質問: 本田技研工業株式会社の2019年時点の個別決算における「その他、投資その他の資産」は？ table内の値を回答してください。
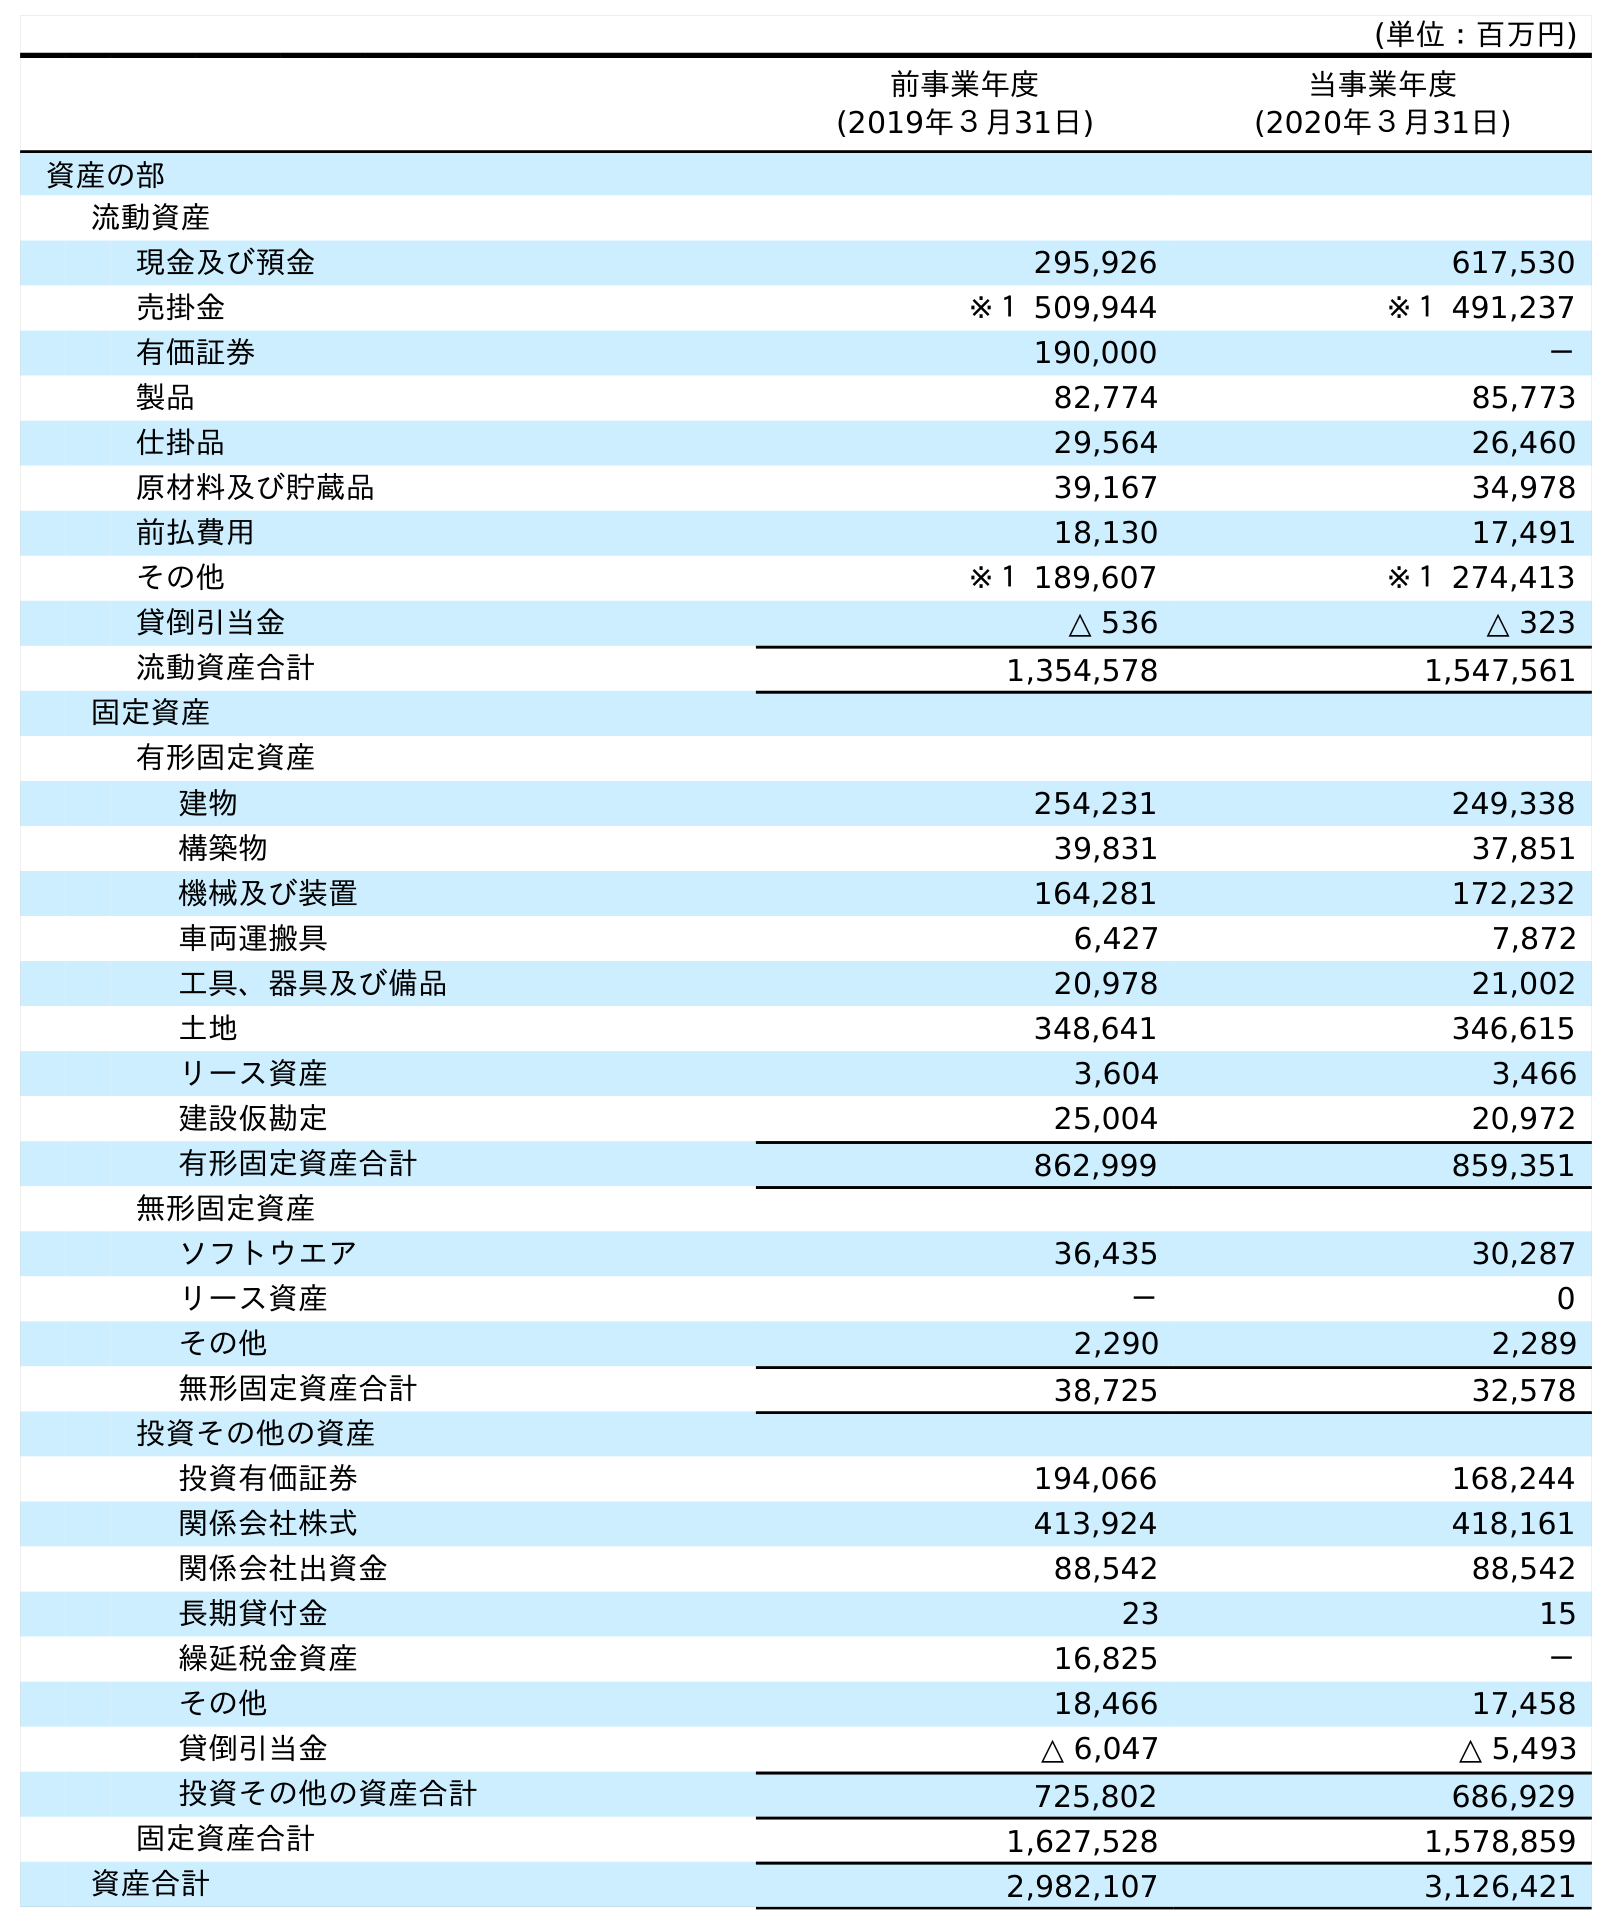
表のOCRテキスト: (単位：百万円) 前事業年度 (2019年３月31日) 当事業年度 (2020年３月31日) 資産の部 流動資産 現金及び預金 295,926 617,530 売掛金 ※１ 509,944 ※１ 491,237 有価証券 190,000 － 製品 82,774 85,773 仕掛品 29,564 26,460 原材料及び貯蔵品 39,167 34,978 前払費用 18,130 17,491 その他 ※１ 189,607 ※１ 274,413 貸倒引当金 △ 536 △ 323 流動資産合計 1,354,578 1,547,561 固定資産 有形固定資産 建物 254,231 249,338 構築物 39,831 37,851 機械及び装置 164,281 172,232 車両運搬具 6,427 7,872 工具、器具及び備品 20,978 21,002 土地 348,641 346,615 リース資産 3,604 3,466 建設仮勘定 25,004 20,972 有形固定資産合計 862,999 859,351 無形固定資産 ソフトウエア 36,435 30,287 リース資産 － 0 その他 2,290 2,289 無形固定資産合計 38,725 32,578 投資その他の資産 投資有価証券 194,066 168,244 関係会社株式 413,924 418,161 関係会社出資金 88,542 88,542 長期貸付金 23 15 繰延税金資産 16,825 － その他 18,466 17,458 貸倒引当金 △ 6,047 △ 5,493 投資その他の資産合計 725,802 686,929 固定資産合計 1,627,528 1,578,859 資産合計 2,982,107 3,126,421
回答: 18,466